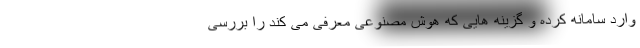
وارد سامانه کرده و گزینه هایی که هوش مصنوعی معرفی می کند را بررسی